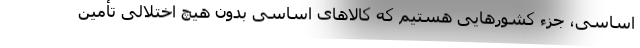
اساسی، جزء کشورهایی هستیم که کالاهای اساسی بدون هیچ اختلالی تأمین